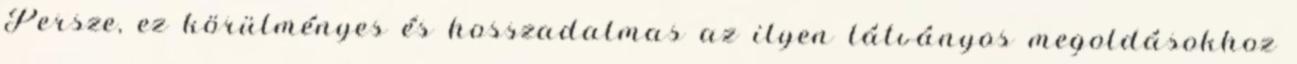
Persze, ez körülményes és hosszadalmas az ilyen látványos megoldásokhoz